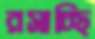
রসাচ্ছি